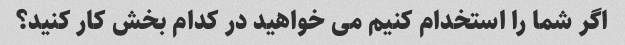
اگر شما را استخدام کنیم می خواهید در کدام بخش کار کنید؟